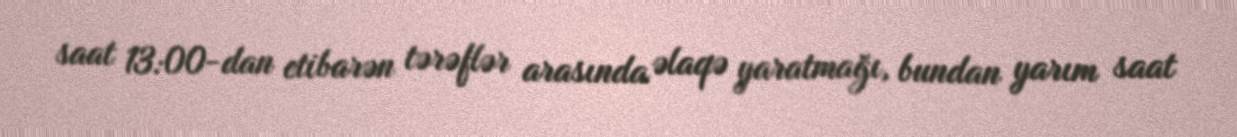
saat 13:00-dan etibarən tərəflər arasında əlaqə yaratmağı, bundan yarım saat